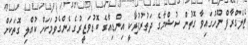
ޓެލެގްރާފް ނޫހުގައިވާ ގޮތުން ސުޝްމާގެ ދަތުރުފުޅަކީ އިންޑިއާގެ ބޮޑުވަޒީރުގެ އެންގެވުމަކަށް ކުއްލި ގޮތަކަށް